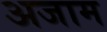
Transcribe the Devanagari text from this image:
अजाम